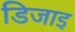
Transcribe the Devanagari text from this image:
डिजाइ